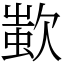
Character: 𣣷